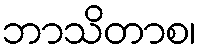
ဘာသိတာစ၊